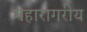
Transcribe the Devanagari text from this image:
महारागरीय